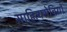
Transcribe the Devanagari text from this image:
साहित्यसेवियों